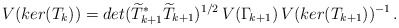
\begin{align*}V(ker(T_k))=det(\widetilde{T}_{k+1}^*\widetilde{T}_{k+1})^{1/2}\,V(\Gamma_{\!k+1})\,V(ker(T_{k+1}))^{-1}\,. \end{align*}